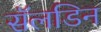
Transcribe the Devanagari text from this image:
सॅलडिन